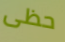
حظى